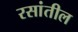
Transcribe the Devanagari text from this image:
रसांतील